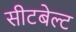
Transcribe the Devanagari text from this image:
सीटबेल्‍ट